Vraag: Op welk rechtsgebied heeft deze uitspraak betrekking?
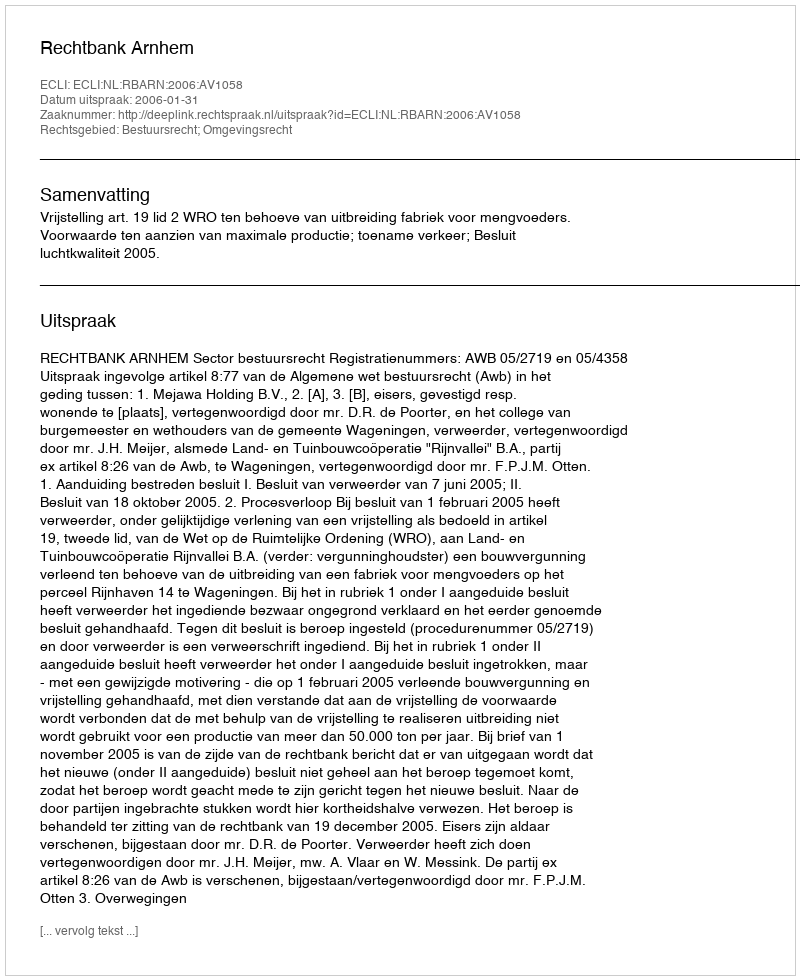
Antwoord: Bestuursrecht; Omgevingsrecht